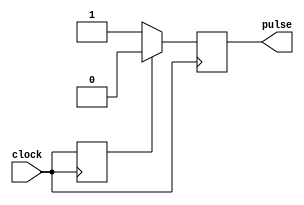
module RisingEdgePulseGenerator (
    input wire clock,
    output reg pulse
);

reg last_clock_state;

always @(posedge clock) begin
    pulse <= (last_clock_state == 1) ? 1'b0 : 1'b1;
    last_clock_state <= clock;
end

endmodule